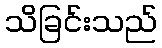
သိခြင်းသည်